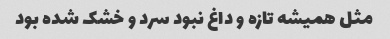
مثل همیشه تازه و داغ نبود سرد و خشک شده بود